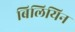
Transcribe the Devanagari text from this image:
बिलियिन